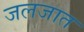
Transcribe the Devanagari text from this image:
जलजात